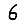
Digit: 6